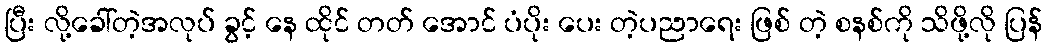
ပြီး လို့ခေါ်တဲ့အလုပ် ခွင့် နေ ထိုင် တတ် အောင် ပံပိုး ပေး တဲ့ပညာရေး ဖြစ် တဲ့ စနစ်ကို သိဖို့လို ပြန်